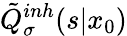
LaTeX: \tilde{Q}_{\sigma}^{inh}(s|x_{0})